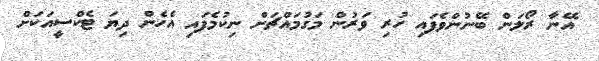
އޭނާ ރޯލަން ބޭނުންވެފައި ހުރި ވަރުން މަގުމައްޗަށް ނިކުމެފައި އެހެން ދިޔަ ޓެކްސީއަކަށް